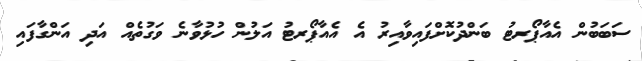
ސަބަބުން އެއާޕޯރޓު ބަންދުކޮށްފައިވާއިރު އެ އެއާޕޯރޓު އަލުން ހުޅުވާނެ ވަގުތެއް އަދި އަންގާފައި